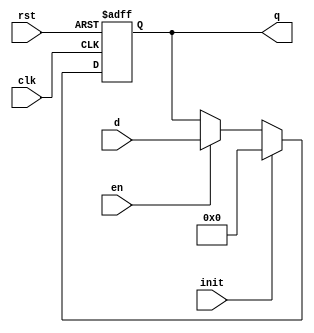
module Register #(parameter WIDTH = 8) (clk, rst, d, en, init, q);
input clk;
input rst;
input [WIDTH-1:0] d;
input en;
input init;
output reg [WIDTH-1:0] q;

	always @(posedge clk or posedge rst) begin
		if (rst)
			q <= {WIDTH{1'b0}};
		else if (init)
			q <= {WIDTH{1'b0}};
		else if (en)
			q <= d;
	end

endmodule